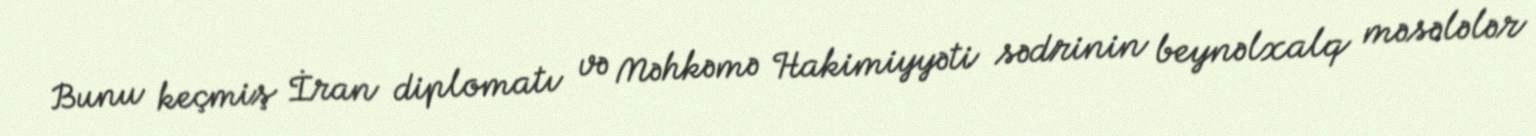
Bunu keçmiş İran diplomatı və Məhkəmə Hakimiyyəti sədrinin beynəlxalq məsələlər